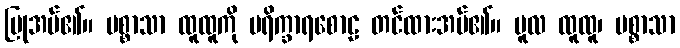
ပြုအပ်၏။ ပစ္စာသာ ထူထူကို ပရိက္ခာရစောဠ တင်ထားအပ်၏။ မူလ ထူထူ၊ ပစ္စာသာ